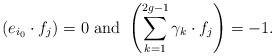
\begin{align*}(e_{i_0}\cdot f_j)=0 {\rm \ and\ } \left(\sum_{k=1}^{2g-1}\gamma_k \cdot f_j \right)=-1.\end{align*}